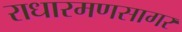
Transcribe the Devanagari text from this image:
राधारमणसागर